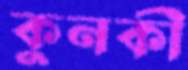
কুনকী